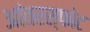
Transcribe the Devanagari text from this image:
आंतरस्फोट